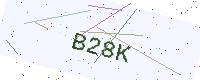
Text: B28K